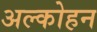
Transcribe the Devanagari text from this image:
अल्कोहन